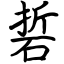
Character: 硩